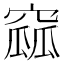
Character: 窳